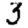
Digit: 3